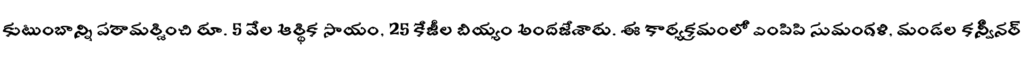
కుటుంబాన్ని పరామర్శించి రూ. 5 వేల ఆర్థిక సాయం, 25 కేజీల బియ్యం అందజేశారు. ఈ కార్యక్రమంలో ఎంపిపి సుమంగళి, మండల కన్వీనర్